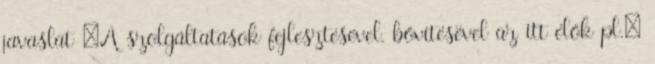
javaslat ▪A szolgáltatások fejlesztésével, bővítésével az itt élők pl.: